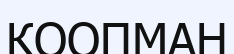
КООПМАН